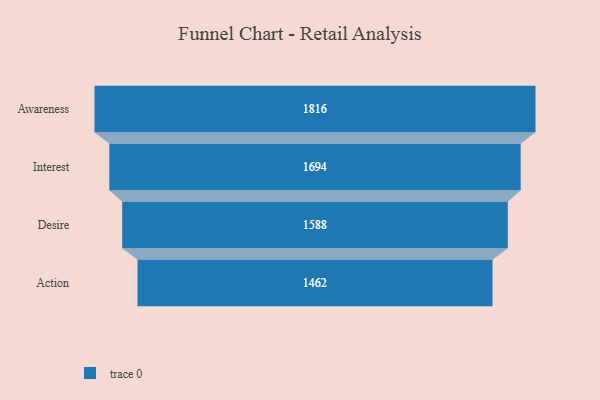
{"axis": {"x": "Stage", "y": "Value"}, "legend": [""], "data": [{"x": "Awareness", "y": 1816.0, "type": ""}, {"x": "Interest", "y": 1694.0, "type": ""}, {"x": "Desire", "y": 1588.0, "type": ""}, {"x": "Action", "y": 1462.0, "type": ""}]}